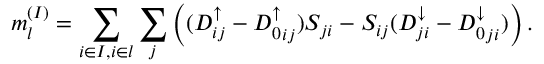
m _ { l } ^ { ( I ) } = \sum _ { i \in I , i \in l } \sum _ { j } \left( ( D _ { i j } ^ { \uparrow } - { D _ { 0 } ^ { \uparrow } } _ { i j } ) S _ { j i } - S _ { i j } ( D _ { j i } ^ { \downarrow } - { D _ { 0 } ^ { \downarrow } } _ { j i } ) \right) .